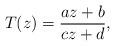
LaTeX: \begin{align*}T(z)=\frac{az+b}{cz+d}, \end{align*}